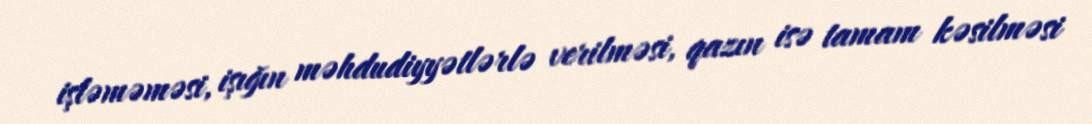
işləməməsi, işığın məhdudiyyətlərlə verilməsi, qazın isə tamam kəsilməsi